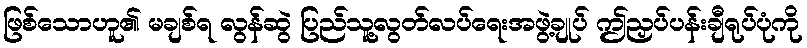
ဖြစ်သောဟူ၏ မချစ်ရ လွန်ဆွဲ ပြည်သူ့လွတ်လပ်ရေးအဖွဲ့ချုပ် ဤညှပ်ပန်းချီရုပ်ပုံကို